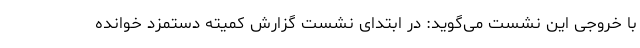
با خروجی این نشست می‌گوید: در ابتدای نشست گزارش کمیته دستمزد خوانده